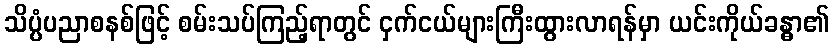
သိပ္ပံပညာစနစ်ဖြင့် စမ်းသပ်ကြည့်ရာတွင် ငှက်ငယ်များကြီးထွားလာရန်မှာ ယင်းကိုယ်ခန္ဓာ၏